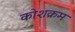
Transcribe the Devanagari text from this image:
कोशक्रम